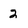
Character: 2